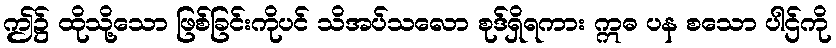
ဤ၌ ထိုသို့သော ဖြစ်ခြင်းကိုပင် သိအပ်သလော စုဒ်ရှိရကား ဣဓ ပန စသော ပါဌ်ကို